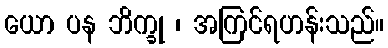
ယော ပန ဘိက္ခု ၊ အကြင်ရဟန်းသည်။